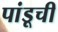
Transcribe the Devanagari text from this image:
पांडूची